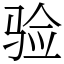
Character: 验